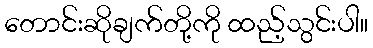
တောင်းဆိုချက်တို့ကို ထည့်သွင်းပါ။